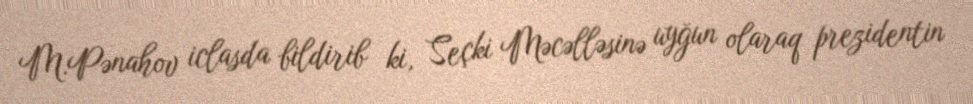
M.Pənahov iclasda bildirib ki, Seçki Məcəlləsinə uyğun olaraq prezidentin